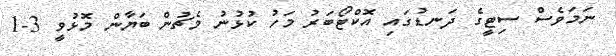
ނަމަވެސް ސިޓީގެ ދަނޑުގައި އޮކްޓޯބަރު މަހު ކުޅުނު މެޗުން ބަޔާން މޮޅުވީ 3-1